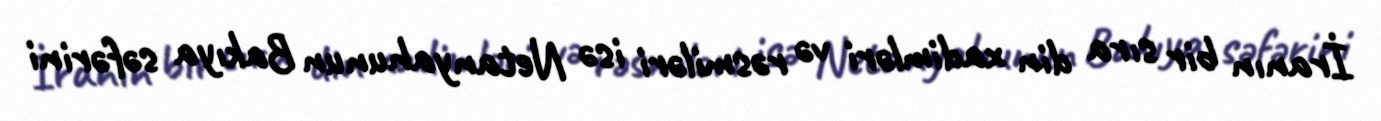
İranın bir sıra din xadimləri və rəsmiləri isə Netanyahunun Bakıya səfərini